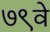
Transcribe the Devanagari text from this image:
७९वे